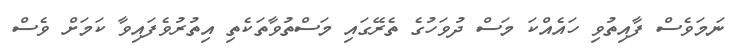
ނަމަވެސް ފާއިތުވި ހައެއްކަ މަސް ދުވަހުގެ ތެރޭގައި މަސްތުވާތަކެތި އިތުރުވެފައިވާ ކަމަށް ވެސް